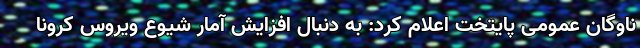
ناوگان عمومی پایتخت اعلام کرد: به دنبال افزایش آمار شیوع ویروس کرونا